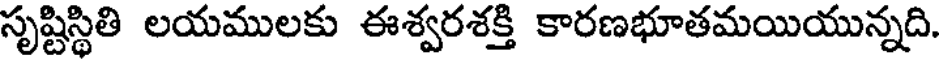
సృష్టిస్థితి లయములకు ఈశ్వరశక్తి కారణభూతమయియున్నది.